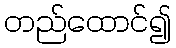
တည်ထောင်၍